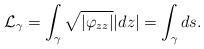
LaTeX: \begin{align*}{\cal L}_{\gamma}=\int_\gamma \sqrt{|\varphi_{zz}|}|dz|=\int_\gamma ds.\end{align*}